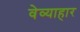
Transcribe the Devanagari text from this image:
वेव्याहार